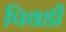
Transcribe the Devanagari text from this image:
पिवडी